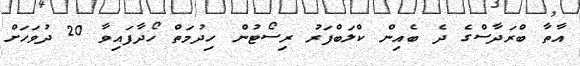
އާތާ ބްރަދާސްގެ ދެ ބެއިން ކްލަބްފަރު ރިސޯޓުން ހިދުމަތް ހޯދާފައިވާ 20 ދުވަހަށް